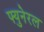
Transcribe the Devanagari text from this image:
फ्युनेरल